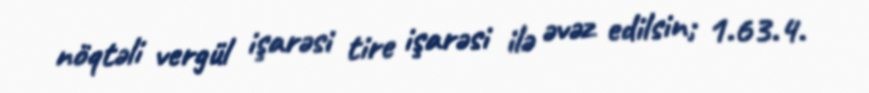
nöqtəli vergül işarəsi tire işarəsi ilə əvəz edilsin; 1.63.4.